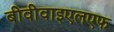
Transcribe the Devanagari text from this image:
बीवीवाइएलएफ